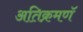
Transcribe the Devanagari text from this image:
अतिक्रमणॅ